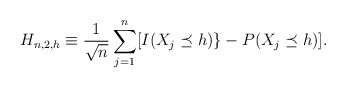
\begin{align*}H_{n,2,h} \equiv \frac{1}{\sqrt n} \sum_{j=1}^n [I( X_j \preceq h)\}-P( X_j \preceq h)].\end{align*}